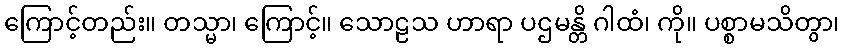
ကြောင့်တည်း။ တသ္မာ၊ ကြောင့်။ သောဠသ ဟာရာ ပဌမန္တိ ဂါထံ၊ ကို။ ပစ္စာမသိတွာ၊